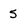
Character: 5